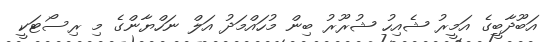
އަބޫދާބީގެ އަމީރު ޝެއިހު ޝުރޫރު ބިން މުހައްމަދު އަލް ނަހްޔާންގެ މި ރިސޯޓަކީ